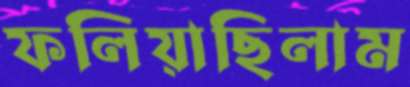
ফলিয়াছিলাম